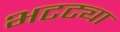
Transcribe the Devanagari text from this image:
भटट्या